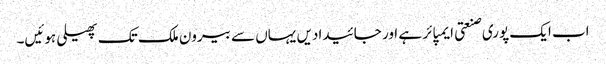
اب ایک پوری صنعتی ایمپائر ہے اور جائیدادیں یہاں سے بیرون ملک تک پھیلی ہوئیں۔